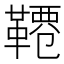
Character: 𩌕